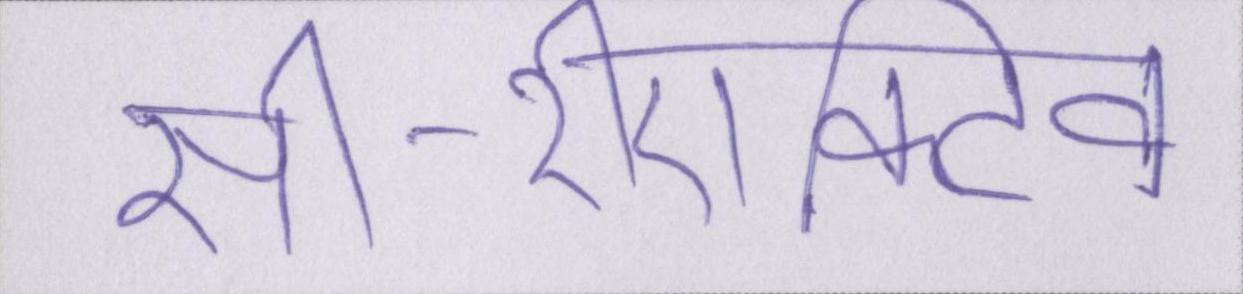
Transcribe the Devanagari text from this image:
सी-रीएक्टिव